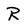
Character: R